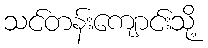
သင်တန်းကျောင်းသို့